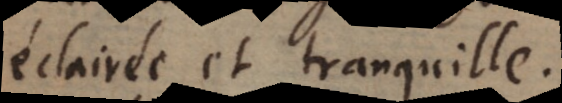
éclairée et tranquille.